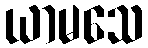
ယာမသေ